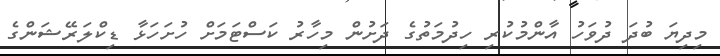
މިދިޔަ ބުދަ ދުވަހު އާންމުކުރި ހިދުމަތުގެ ދަށުން މިހާރު ކަސްޓަމަށް ހުށަހަޅާ ޑިކްލަރޭޝަންގެ